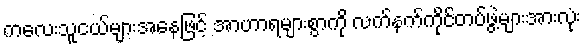
ကလေးသူငယ်များအနေဖြင့် အာဟာရများစွာကို လက်နက်ကိုင်တပ်ဖွဲ့များအားလုံး